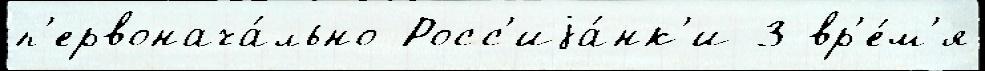
п'ервонача́льно Росс'иjа́нк'и 3 вр'е́м'я